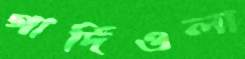
গার্দিওলা